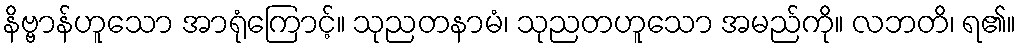
နိဗ္ဗာန်ဟူသော အာရုံကြောင့်။ သုညတနာမံ၊ သုညတဟူသော အမည်ကို။ လဘတိ၊ ရ၏။